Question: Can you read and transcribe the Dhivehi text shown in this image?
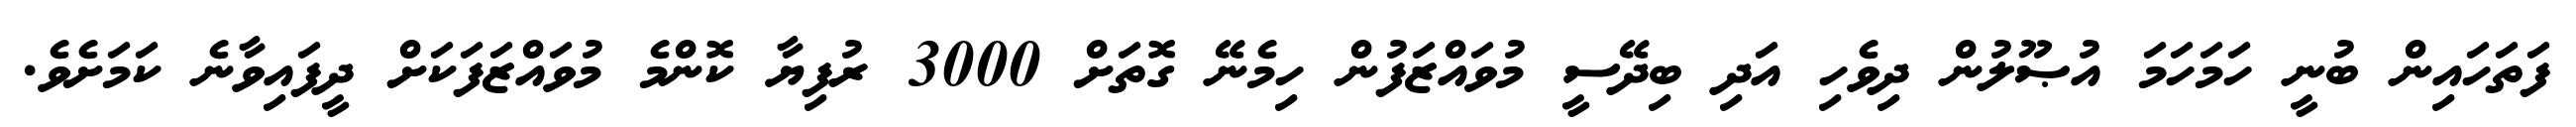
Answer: ފަތަހައިން ބުނީ ހަމަހަމަ އުޞޫލުން ދިވެހި އަދި ބިދޭސީ މުވައްޒަފުން ހިމެނޭ ގޮތަށް 3000 ރުފިޔާ ކޮންމެ މުވައްޒަފަކަށް ދީފައިވާނެ ކަމަށެވެ.